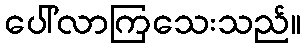
ပေါ်လာကြသေးသည်။